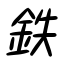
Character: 鉄